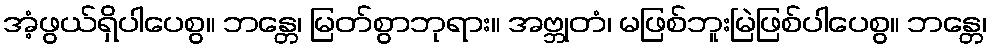
အံ့ဖွယ်ရှိပါပေစွ။ ဘန္တေ၊ မြတ်စွာဘုရား။ အဗ္ဘုတံ၊ မဖြစ်ဘူးမြဲဖြစ်ပါပေစွ။ ဘန္တေ၊